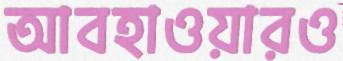
আবহাওয়ারও